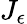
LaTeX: J_{\epsilon}